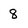
Character: 8